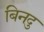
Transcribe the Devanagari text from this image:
बिनदु